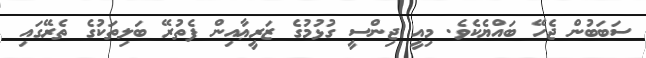
ސަބަބުން ޖެހޭ ބައްޔެކެވެ. މިއީ ޖިންސީ ގުޅުމުގެ ޒަރީޢާއިން ފެތުރޭ ބަލިތަކުގެ ތެރޭގައި